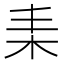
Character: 𣐇